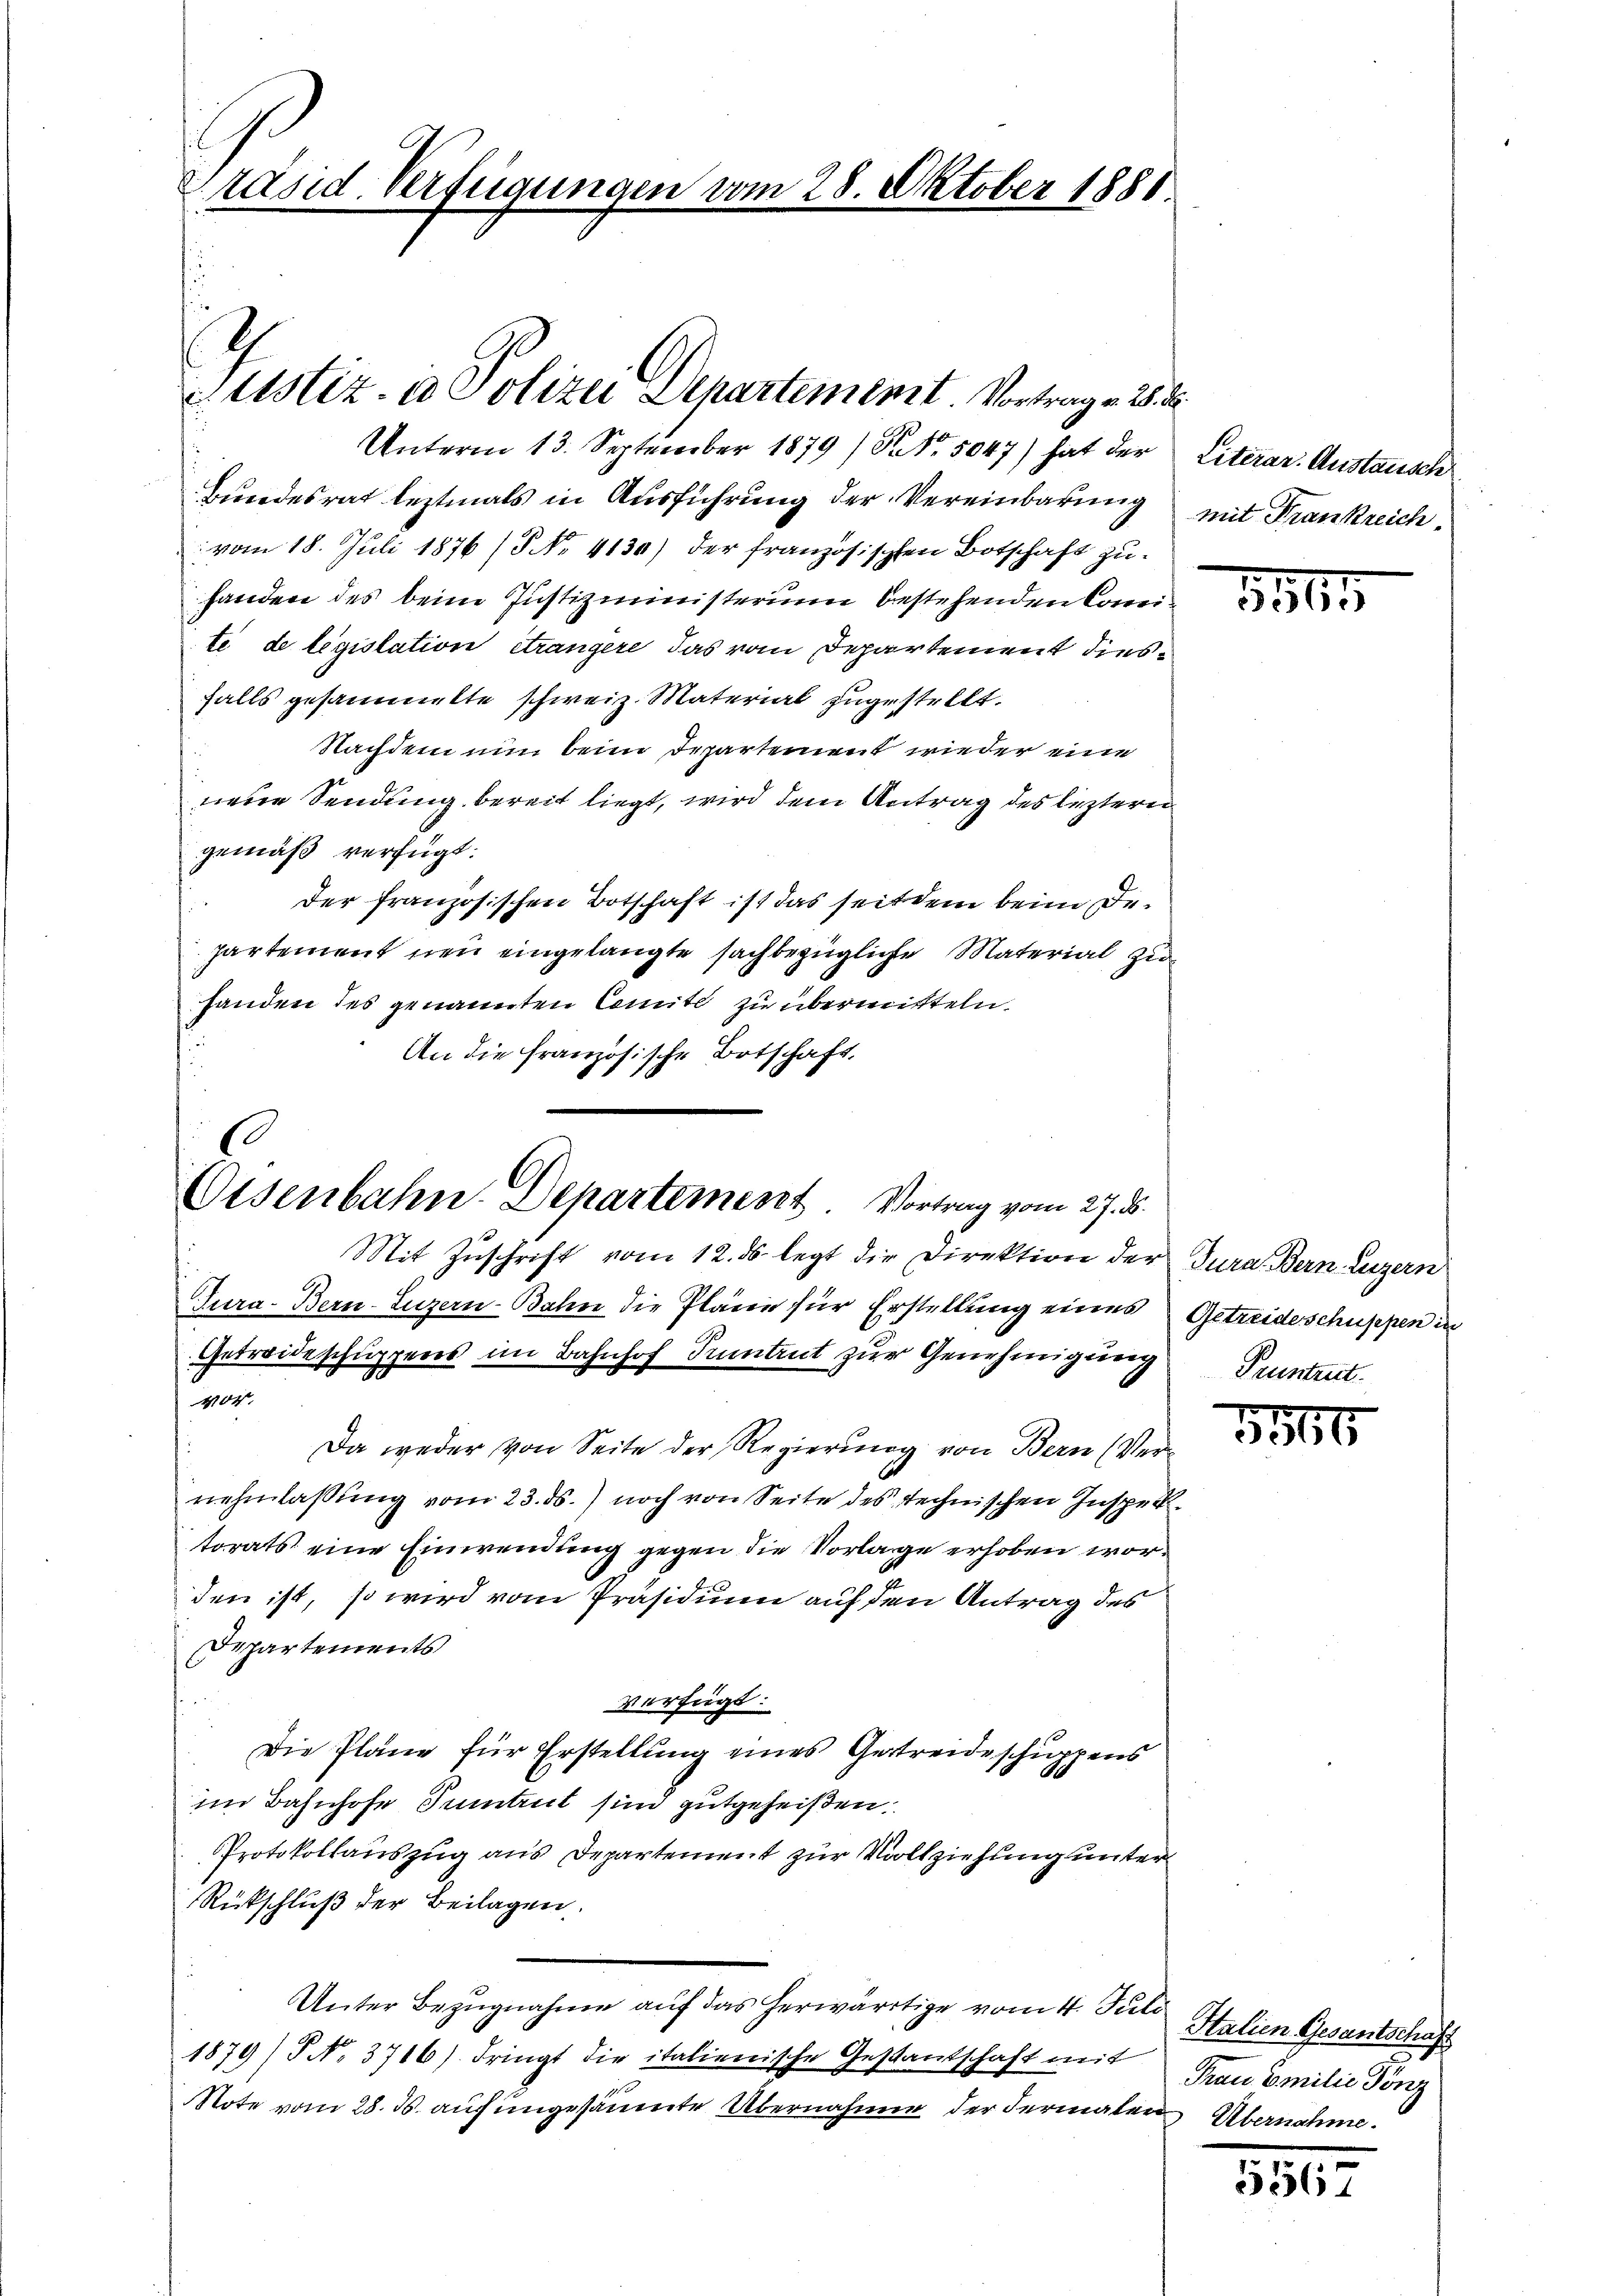
räsid. Verfügungen vom 28. Oktober 1888.

Unterm 13. September 1879 (S. 5047) hat der
Bundesrat leztmals in Ausführung der Vereinbarung
vom 18. Juli 1876 (5 No 4130) der französischen Botschaft zuhanden des beim Justizministerium bestehenden Comeite de legislation étrangere das vom Departement diesfalls gesammelte schweiz. Material zugestellt.
Nachdem nun beim Departement wieder eine
neren Sendung bereit liegt, wird dem Antrag des leztern
gemäß verfügt:
der französischen Botschaft ist das seitdem beim Departement neu eingelangte sachbezügliche Material zuhanden des genannten Comite zu übermitteln.
An die französische Botschaft.

Justiz in Polizei Departement. Vortrage 2.

6
Eisenbahn-Departement Vortrag vom 27. d.

Mit Zuschrift vom 12. ds. legt die Direktion der Jura. Bern Luzern
Tura- Bern-Luzern Bahn die Pläne für Erstellung eines Getreideschuppen in
Getreide schuppens im Bahnhof Tuntrut zur Genehmigung
404.
Da weder von Seite der Regierung von Bern (Vernehmlassung vom 23. ds.) noch von Seite des technischen Inspektorats eine Einwendung gegen die Vorlage erhoben worden ist, so wird vom Präsidium auf den Antrag des
Departements
verfügt:
Die Pläne für Erstellung eines Gestreide schuppens
im Bahnhofe Tuntrut sind gutgeheißen.
Protokollauszug aus Departement zur Vollziehung unter
Rückschluß der Beilagen.
Unter Bezugnahme auf das herwärtige vom 4. Juli
1879/P No. 3716) dringt die italienische Gestantschaft mit Frau Emilie Tonz
Note vom 28. ds. auf ungesäumte Übernahme der Fermalen Übernahme.

Literar. Austausch
mit Frankreich.

1565

Pruntrut.

5516

Italien Gesantschaft

5567